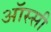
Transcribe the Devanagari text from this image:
ऑस्सी